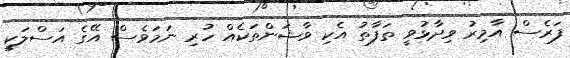
ފަރެސް އާމިރު ވިދާޅުވީ ތަފާތު އެކި ވާޝަންތަކެއް ހުރި ނަމަވެސް އޭގެ އަސްލަކީ